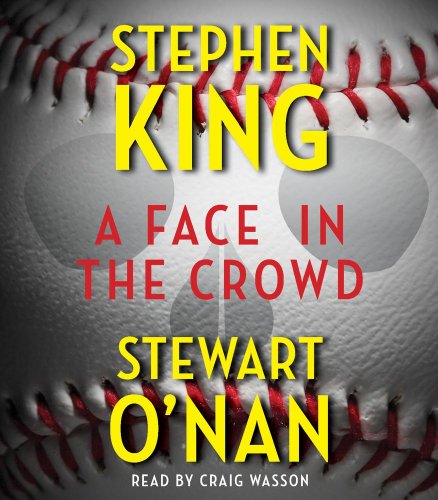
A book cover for A Face in the Crowd; Stephen King; Literature & Fiction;